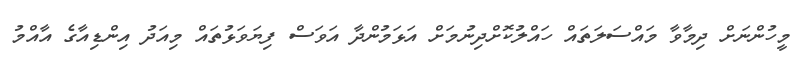
މީހުންނަށް ދިމާވާ މައްސަލަތައް ހައްލުކޮށްދިނުމަށް އަޅަމުންދާ އަވަސް ފިޔަވަޅުތައް މިއަދު އިންޑިއާގެ އާއްމު